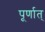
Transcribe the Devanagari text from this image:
पूर्णात्